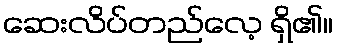
ဆေးလိပ်တည်လေ့ ရှိ၏။